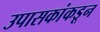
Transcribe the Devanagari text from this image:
उपासकांकडून